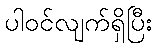
ပါဝင်လျက်ရှိပြီး